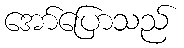
အော်ပြောသည်